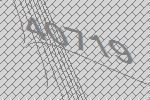
40719